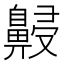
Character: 𪖧